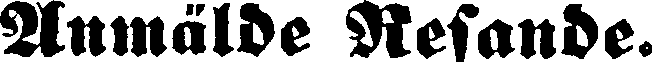
Anmälde Resande.